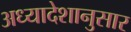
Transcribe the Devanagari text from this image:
अध्यादेशानुसार